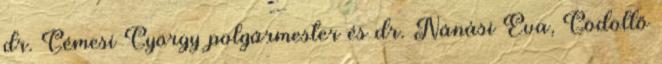
dr. Gémesi György polgármester és dr. Nánási Éva, Gödöllő